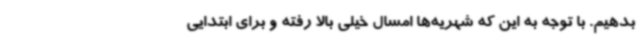
بدهیم. با توجه به این که شهریه‌ها امسال خیلی بالا رفته و برای ابتدایی